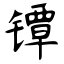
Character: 镡